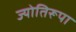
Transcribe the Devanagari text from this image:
ज्योतिरूपा